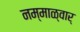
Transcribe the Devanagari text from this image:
नम्माळ्वार्